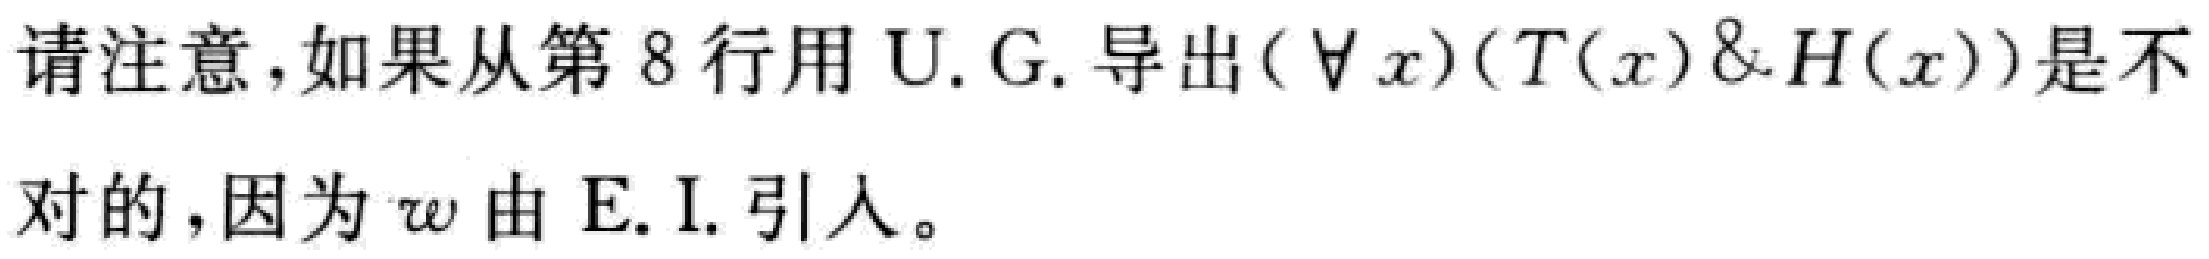
请注意，如果从第 8 行用 U. G. 导出$(\forall x)(T(x)\&H(x))$是不对的，因为$w$由 E. I. 引入。